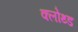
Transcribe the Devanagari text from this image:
क्लोथ्ड